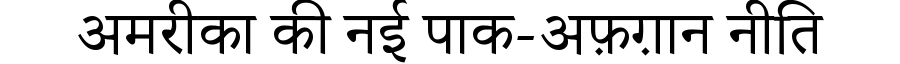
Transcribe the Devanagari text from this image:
अमरीका की नई पाक-अफ़ग़ान नीति